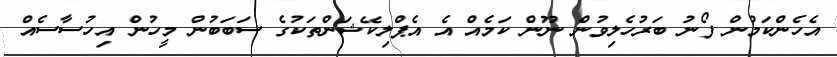
އެހެންކަމުން ފޯނު ބަރުހެލިވުން ނޫން ކަމެއް އެ އެޕްލިކޭޝަންތަކުގެ ސަބަބުން މީހުން އިހުސާސެއް